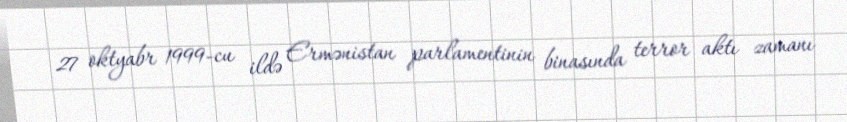
27 oktyabr 1999-cu ildə Ermənistan parlamentinin binasında terror aktı zamanı